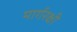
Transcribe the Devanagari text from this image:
मार्गरक्षी